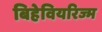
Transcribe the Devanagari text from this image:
बिहेवियरिज्म